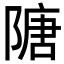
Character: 䧜